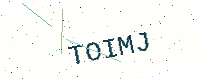
Text: TOIMJ